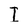
Character: I